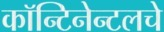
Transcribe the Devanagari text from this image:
कॉन्टिनेन्टलचे